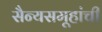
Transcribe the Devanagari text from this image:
सैन्यसमूहांची